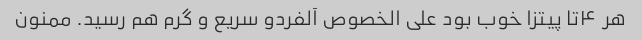
هر ۴تا پیتزا خوب بود علی الخصوص آلفردو سریع و گرم هم رسید. ممنون